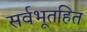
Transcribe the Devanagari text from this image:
सर्वभूतहित